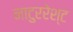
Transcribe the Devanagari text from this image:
नाटुररेश्ट